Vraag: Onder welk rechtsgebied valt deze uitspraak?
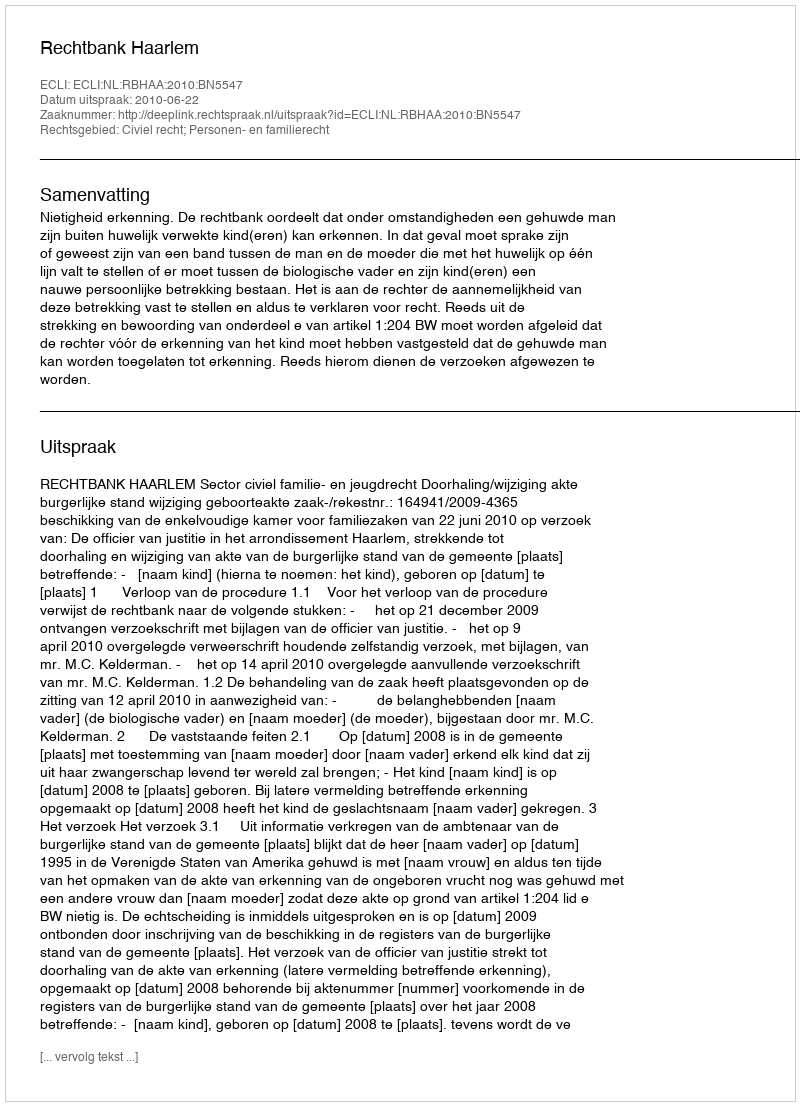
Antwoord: Civiel recht; Personen- en familierecht